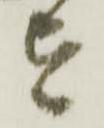
を